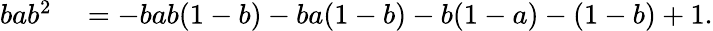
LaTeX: \begin{array}{rl}{bab^{2}}&{{}=-bab(1-b)-ba(1-b)-b(1-a)-(1-b)+1.}\end{array}